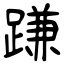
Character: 𨃰